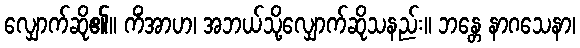
လျှောက်ဆို၏။ ကိံအာဟ၊ အဘယ်သို့လျှောက်ဆိုသနည်း။ ဘန္တေ နာဂသေနာ၊